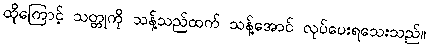
ထိုကြောင့် သတ္တုကို သန့်သည်ထက် သန့်အောင် လုပ်ပေးရသေးသည်။